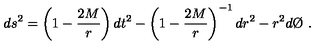
d s ^ { 2 } = \left( 1 - \frac { 2 M } { r } \right) d t ^ { 2 } - \left( 1 - \frac { 2 M } { r } \right) ^ { - 1 } d r ^ { 2 } - r ^ { 2 } d \O \ .